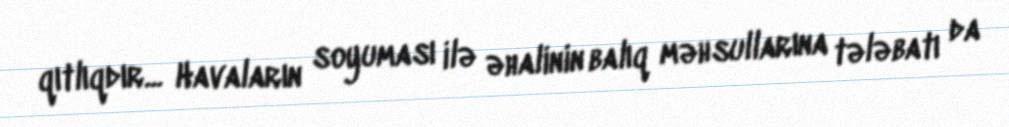
qıtlıqdır... Havaların soyuması ilə əhalinin balıq məhsullarına tələbatı da